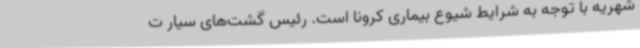
شهریه با توجه به شرایط شیوع بیماری کرونا است. رئیس گشت‌های سیار ت